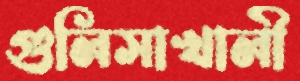
গুলিসাখালী